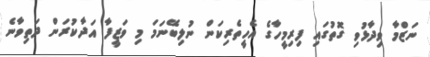
ނަޒްމާ ވިދާޅުވި ގޮތުގައި ފިރިމީހާގެ އެހީތެރިކަން ނުލިބޭނަމަ މި ވަޒީފާ އަދާކުރަން ދަތިވާނެ